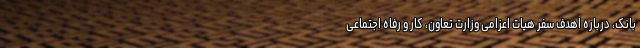
بانک، درباره اهدف سفر هیات اعزامی وزارت تعاون، کار و رفاه اجتماعی